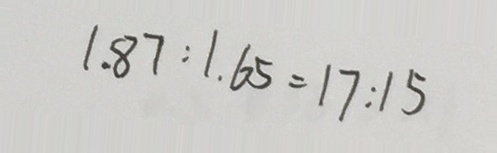
1 . 8 7 : 1 . 6 5 = 1 7 : 1 5